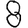
Digit: 8